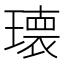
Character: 𭹹